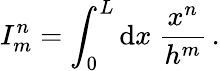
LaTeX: I_{m}^{n}=\int_{0}^{L}\mathrm{d}x\ \frac{x^{n}}{h^{m}}\, .